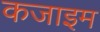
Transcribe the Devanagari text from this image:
कजाइम